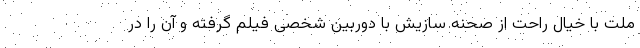
ملت با خیال راحت از صحنه سازیش با دوربین شخصی فیلم گرفته و آن را در